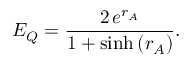
E _ { Q } = \frac { 2 \, e ^ { r _ { A } } } { 1 + \sinh { ( r _ { A } ) } } .